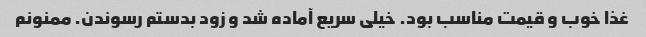
غذا خوب و قیمت مناسب بود. خیلی سریع آماده شد و زود بدستم رسوندن. ممنونم